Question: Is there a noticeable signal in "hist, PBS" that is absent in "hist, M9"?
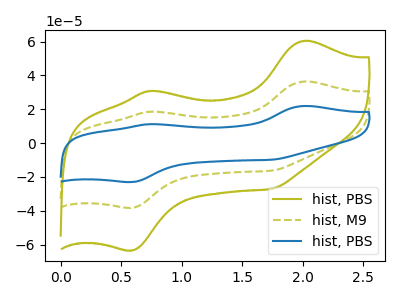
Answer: <think>The olive curve "hist, PBS" has anodic peaks at (2.00V, 60.45uA) (0.75V, 30.85uA) and cathodic peaks at (0.60V, -63.40uA) (1.75V, -27.00uA). The olive dashed curve "hist, M9" has anodic peaks at (2.00V, 36.45uA) (0.75V, 18.60uA) and cathodic peaks at (0.60V, -38.20uA) (1.75V, -16.25uA). The blue curve "hist, PBS" has anodic peaks at (2.00V, 72.85uA) (0.75V, 37.20uA) and cathodic peaks at (0.60V, -76.40uA) (1.75V, -32.55uA).
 All the peaks in "hist, PBS" have a peak in "hist, M9" at the same potential. Every peak in "hist, PBS" is higher than every peak in "hist, M9".</think>
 <answer>No, "hist, PBS" and "hist, M9" don't appear to be significantly different in shape</answer>
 <eval>no_change</eval>